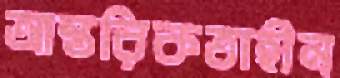
আন্তরিকতাহীন